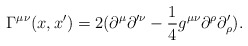
\begin{align*}\Gamma ^{\mu \nu }(x,x^{\prime })=2(\partial ^{\mu}\partial ^{\prime \nu }- \frac{1}{4}g^{\mu \nu }\partial^{\rho }\partial _{\rho }^{\prime }).\end{align*}